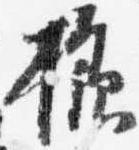
様